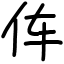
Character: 伡